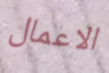
الاعمال